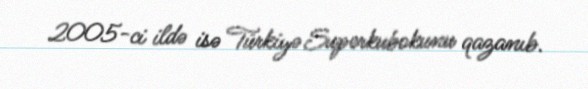
2005-ci ildə isə Türkiyə Superkubokunu qazanıb.